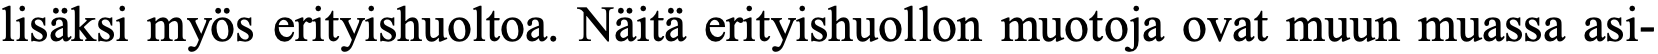
lisäksi myös erityishuoltoa. Näitä erityishuollon muotoja ovat muun muassa asi-